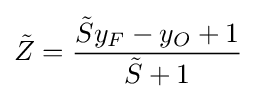
{\tilde {Z}}={\frac {{\tilde {S}}y_{F}-y_{O}+1}{{\tilde {S}}+1}}